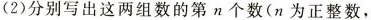
(2)分别写出这两组数的第n个数(n为正整数，